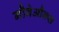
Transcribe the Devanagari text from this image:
नौवेऔक्स